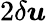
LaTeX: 2\delta\boldsymbol{u}